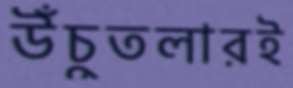
উঁচুতলারই